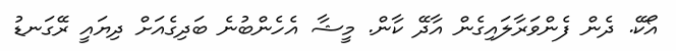
އޯކޭ. ދެން ފެންވަރާލައިގެން އާދޭ ކާން. މީޝާ އެހެންބުނެ ބަދިގެއަށް ދިޔައީ ރޭގަނޑު